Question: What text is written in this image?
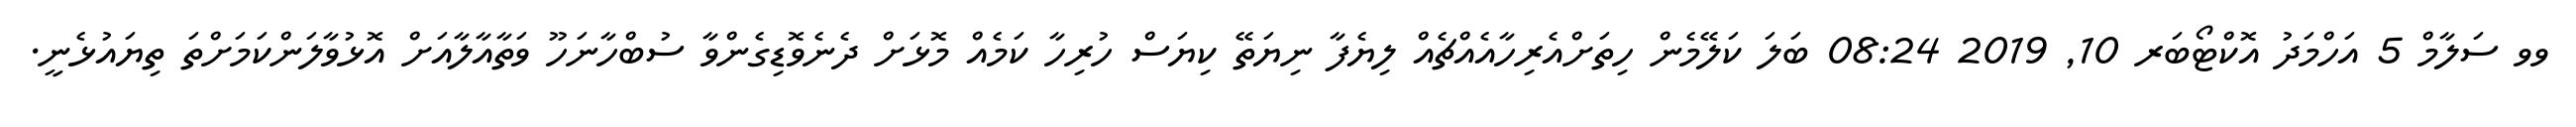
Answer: ވވ ސަލާމް 5 އަހްމަދު އޮކްޓޯބަރ 10, 2019 08:24 ބަލަ ކަލޭމެން ހިތަށްއެރިހާއެއްޗެއް ލިޔެފާ ނިޔަތޭ ކިޔަސް ހުރިހާ ކަމެއް މޮޅަށް ދެނެވޮޑިގެންވާ ސުބްހާނަހޫ ވަތާއާލާއަށް އޮޅުވާލަންކަމަށްތަ ތިޔައުޅެނީ.